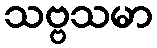
သဗ္ဗသမာ